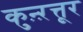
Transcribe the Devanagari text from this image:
कुऩ्ऱत्तूर